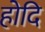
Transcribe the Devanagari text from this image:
होदि